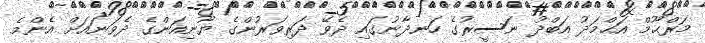
މަރްޙޫމް އަޙްމަދު އަބްދު ނަސީރުގެ ހަނދާނުގައި ދެވޭ ދަރިވަރުންގެ ޔޫނިއަންގެ ދެވަނައަށް އެންމެ